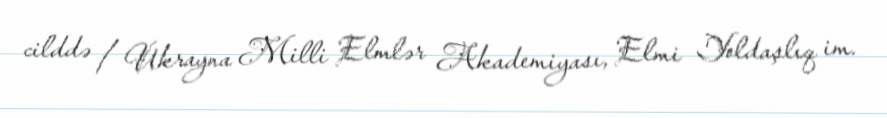
cilddə / Ukrayna Milli Elmlər Akademiyası, Elmi Yoldaşlıq im.